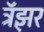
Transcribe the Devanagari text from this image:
ट्रॅझ़र